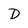
Character: D